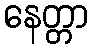
နေတ္တာ